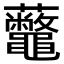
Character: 虌